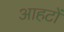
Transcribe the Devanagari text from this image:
आहटों